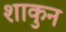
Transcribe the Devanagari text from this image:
शाकुन